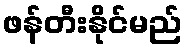
ဖန်တီးနိုင်မည်